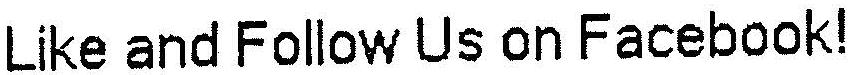
LIKE AND FOLLOW US ON FACEBOOK!